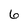
Character: 6